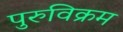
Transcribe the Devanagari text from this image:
पुरुविक्रम